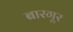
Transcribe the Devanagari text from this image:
बारगूर